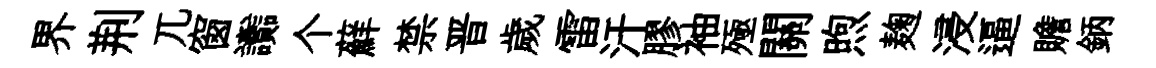
界荆兀窗讟个蘚禁晋歲雷汗膠袖殛關煦麹浸逼贍鈵